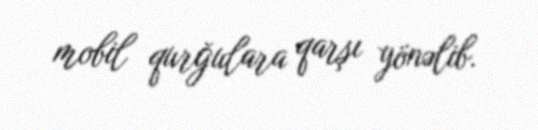
mobil qurğulara qarşı yönəlib.